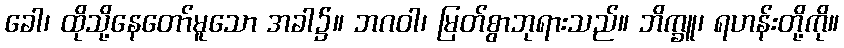
ခေါ၊ ထိုသို့နေတော်မူသော အခါ၌။ ဘဂဝါ၊ မြတ်စွာဘုရားသည်။ ဘိက္ခူ၊ ရဟန်းတို့ကို။